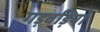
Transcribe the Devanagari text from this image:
गड़बड़ियां